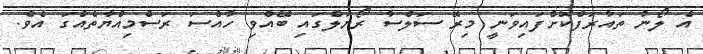
އެ ލޯނު ތައާރަފްކޮށްފައިވަނީ މިރޭ ސަލްސާ ރޯޔަލްގައި ބޭއްވި ހާއްސަ ރަސްމިއްޔާތެއްގަ އެވެ.